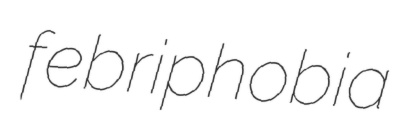
febriphobia